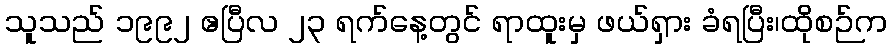
သူသည် ၁၉၉၂ ဧပြီလ ၂၃ ရက်နေ့တွင် ရာထူးမှ ဖယ်ရှား ခံရပြီး၊ထိုစဉ်က